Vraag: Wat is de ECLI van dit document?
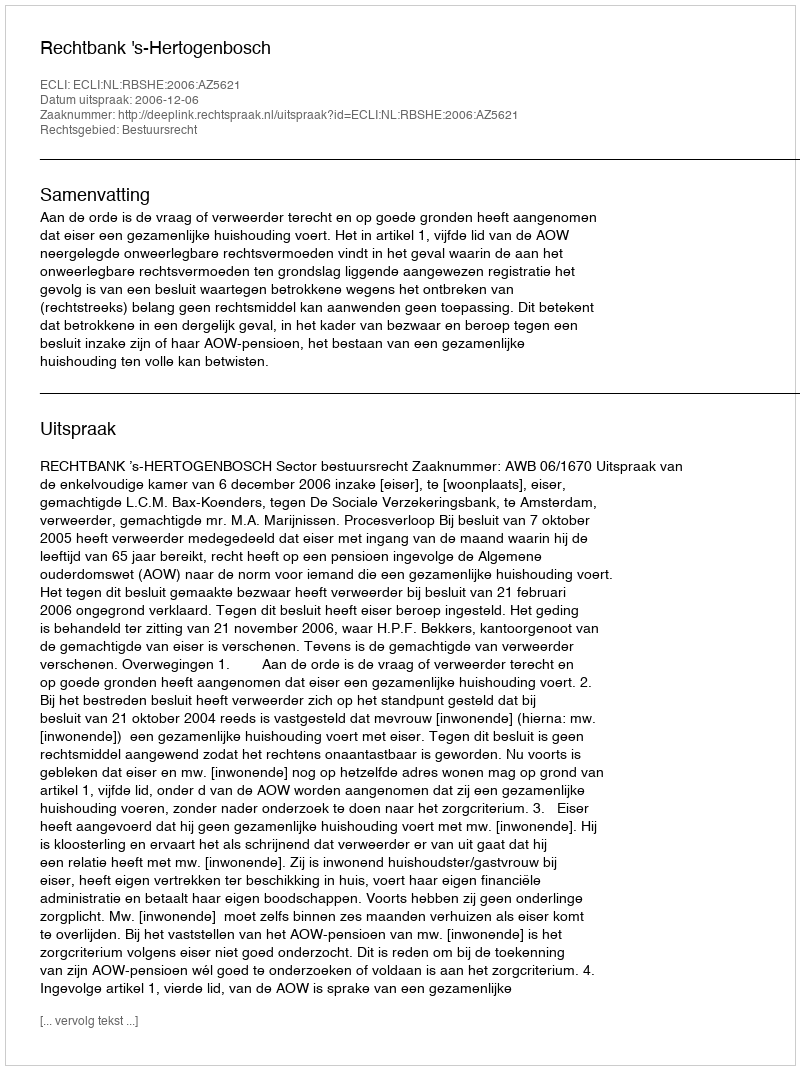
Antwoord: ECLI:NL:RBSHE:2006:AZ5621